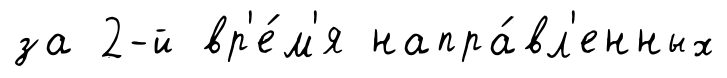
за 2-й вр'е́м'я напра́вл'енных